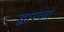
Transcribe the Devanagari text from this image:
द्धारका